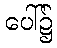
ပေါ်၌